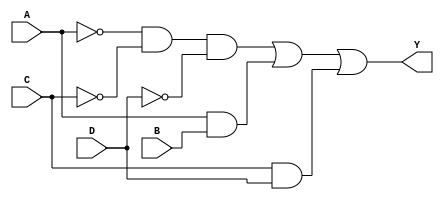
module kmap_4var (
    input wire A,  // Input variable A
    input wire B,  // Input variable B
    input wire C,  // Input variable C
    input wire D,  // Input variable D
    output wire Y  // Output variable Y
);

// Define the simplified Boolean expression based on K-map grouping.
// For example, let's say the simplified expression is Y = A'C'D' + AB + CD
assign Y = (~A & ~C & ~D) | (A & B) | (C & D);

endmodule